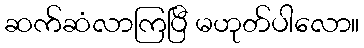
ဆက်ဆံလာကြပြီ မဟုတ်ပါလော။